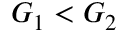
G _ { 1 } < G _ { 2 }